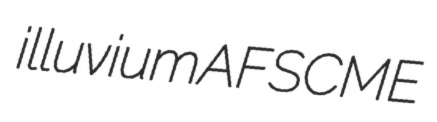
illuvium AFSCME